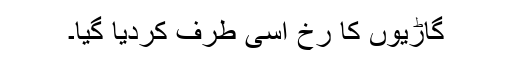
گاڑیوں کا رخ اسی طرف کردیا گیا۔